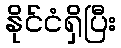
နိုင်ငံရှိပြီး